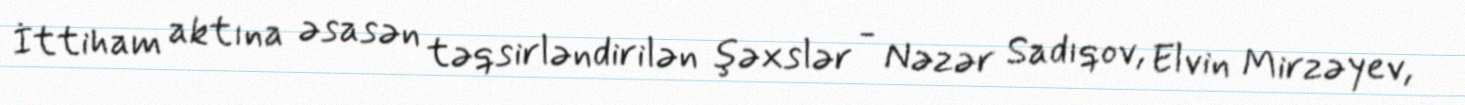
İttiham aktına əsasən təqsirləndirilən şəxslər - Nəzər Sadıqov, Elvin Mirzəyev,